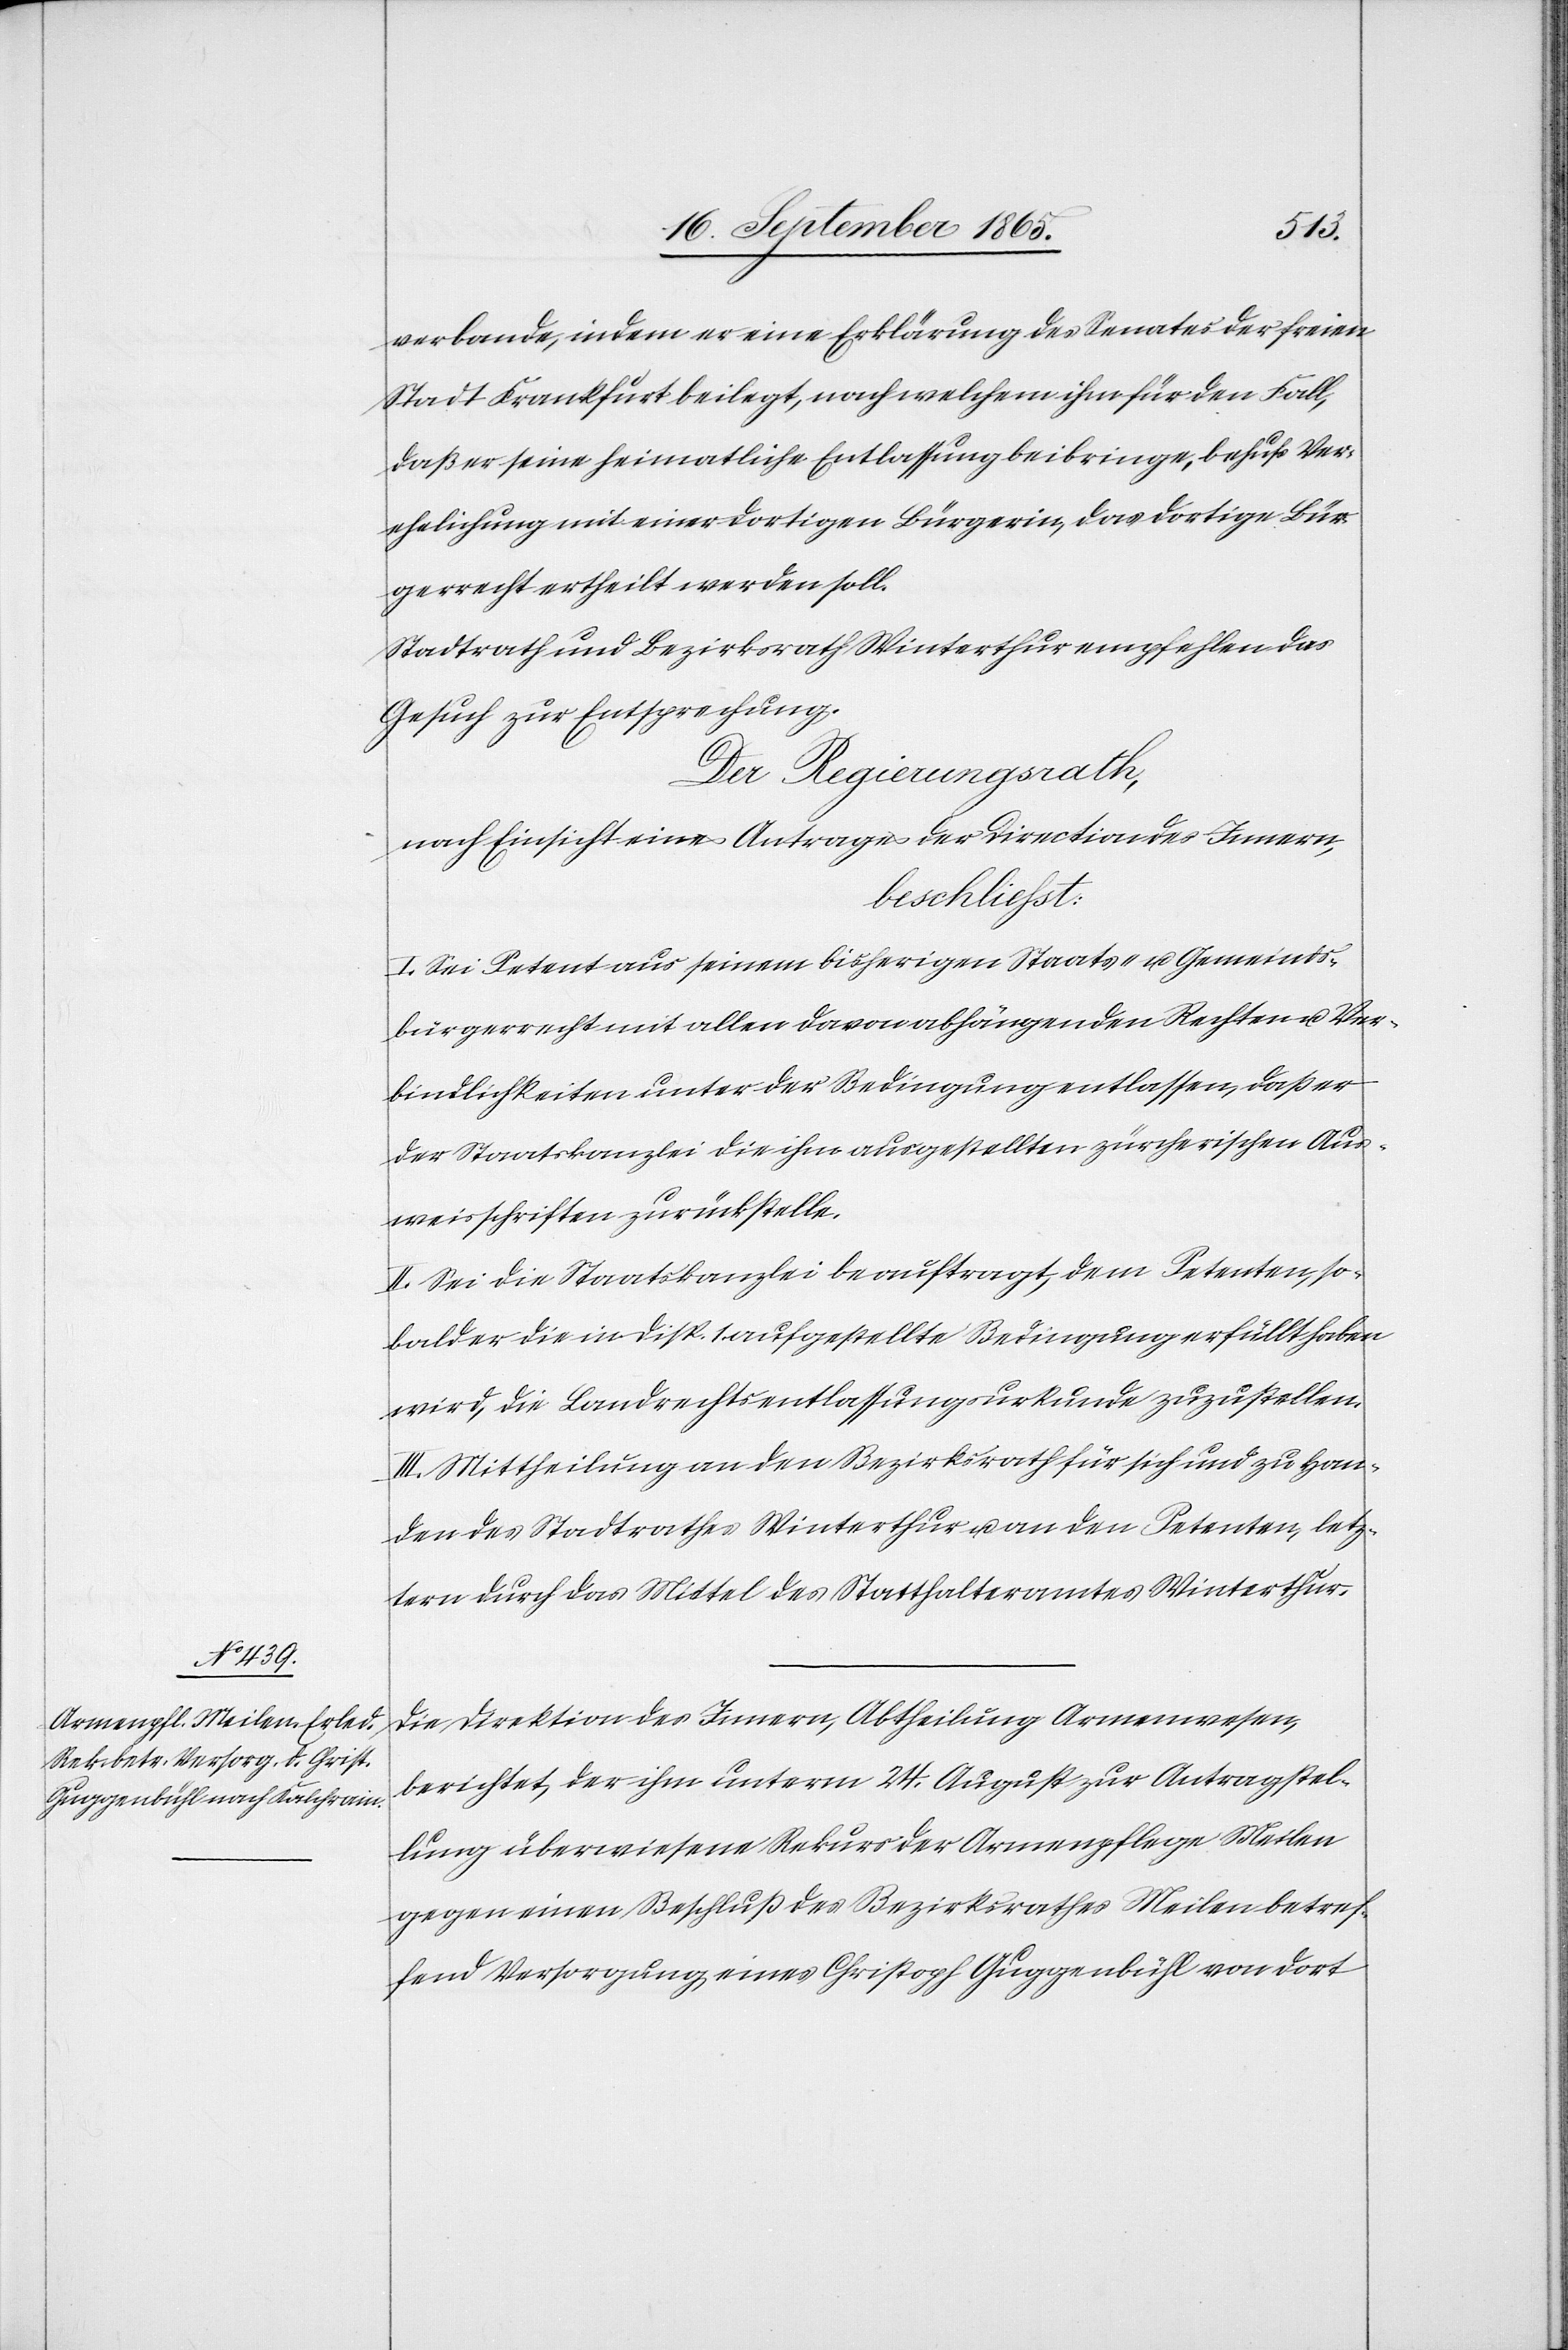
verbande, indem er eine Erklärung des Senates der freien
Stadt Frankfurt beilegt, nach welchem ihm für den Fall,
daß er seine heimatliche Entlassung beibringe, behufs Ver¬
ehelichung mit einer dortigen Bürgerin, das dortige Bür¬
gerrecht ertheilt werden soll.
Stadtrath und Bezirksrath Winterthur empfehlen das
Gesuch zur Entsprechung.
Der Regierungsrath,
nach Einsicht eines Antrages der Direction des Innern,
beschliesst:
I. Sei Petent aus seinem bisherigen Staats- u. Gemeinds¬
bürgerrecht mit allen davon abhängenden Rechten u. Ver¬
bindlichkeiten unter der Bedingung entlassen, daß er
der Staatskanzlei die ihm ausgestellten zürcherischen Aus¬
weisschriften zurückstelle.
II. Sei die Staatskanzlei beauftragt, dem Petenten, so¬
bald er die in Disp. 1 aufgestellte Bedingung erfüllt haben
wird, die Landrechtsentlassungsurkunde zuzustellen.
III. Mittheilung an den Bezirksrath für sich und zu Han¬
den des Stadtrathes Winterthur u. an den Petenten, letz¬
tern durch das Mittel des Statthalteramtes Winterthur.
Die Direktion des Innern, Abtheilung Armenwesen,
berichtet, der ihm unterm 24. August zur Antragstel¬
lung überwiesene Rekurs der Armenpflege Meilen
gegen einen Beschluß des Bezirksrathes Meilen betref¬
fend Versorgung eines Chirstoph Guggenbühl von dort